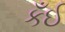
કઁઈ